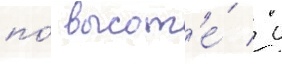
по́ высот'е́ / с